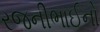
રજનીભાઈનો